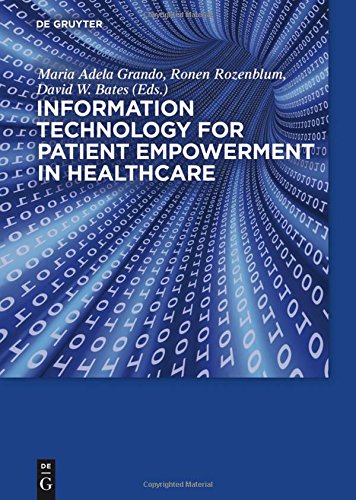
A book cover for Information Technology for Patient Empowerment in Healthcare; Maria Grando; Medical Books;